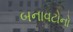
બનાવટોનો